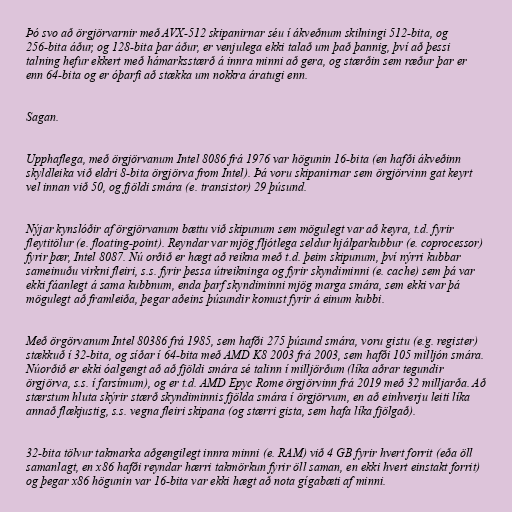
Þó svo að örgjörvarnir með AVX-512 skipanirnar séu í ákveðnum skilningi 512-bita, og
256-bita áður, og 128-bita þar áður, er venjulega ekki talað um það þannig, því að þessi
talning hefur ekkert með hámarksstærð á innra minni að gera, og stærðin sem ræður þar er
enn 64-bita og er óþarfi að stækka um nokkra áratugi enn.

Sagan.

Upphaflega, með örgjörvanum Intel 8086 frá 1976 var högunin 16-bita (en hafði ákveðinn
skyldleika við eldri 8-bita örgjörva from Intel). Þá voru skipanirnar sem örgjörvinn gat keyrt
vel innan við 50, og fjöldi smára (e. transistor) 29 þúsund.

Nýjar kynslóðir af örgjörvanum bættu við skipunum sem mögulegt var að keyra, t.d. fyrir
fleytitölur (e. floating-point). Reyndar var mjög fljótlega seldur hjálparkubbur (e. coprocessor)
fyrir þær, Intel 8087. Nú orðið er hægt að reikna með t.d. þeim skipunum, því nýrri kubbar
sameinuðu virkni fleiri, s.s. fyrir þessa útreikninga og fyrir skyndiminni (e. cache) sem þá var
ekki fáanlegt á sama kubbnum, enda þarf skyndiminni mjög marga smára, sem ekki var þá
mögulegt að framleiða, þegar aðeins þúsundir komust fyrir á einum kubbi.

Með örgörvanum Intel 80386 frá 1985, sem hafði 275 þúsund smára, voru gistu (e.g. register)
stækkuð í 32-bita, og síðar í 64-bita með AMD K8 2003 frá 2003, sem hafði 105 milljón smára.
Núorðið er ekki óalgengt að að fjöldi smára sé talinn í milljörðum (líka aðrar tegundir
örgjörva, s.s. í farsímum), og er t.d. AMD Epyc Rome örgjörvinn frá 2019 með 32 milljarða. Að
stærstum hluta skýrir stærð skyndiminnis fjölda smára í örgjörvum, en að einhverju leiti líka
annað flækjustig, s.s. vegna fleiri skipana (og stærri gista, sem hafa líka fjölgað).

32-bita tölvur takmarka aðgengilegt innra minni (e. RAM) við 4 GB fyrir hvert forrit (eða öll
samanlagt, en x86 hafði reyndar hærri takmörkun fyrir öll saman, en ekki hvert einstakt forrit)
og þegar x86 högunin var 16-bita var ekki hægt að nota gígabæti af minni.